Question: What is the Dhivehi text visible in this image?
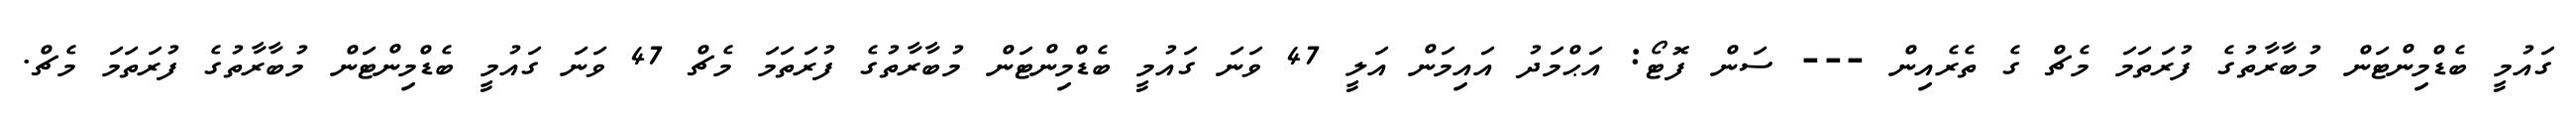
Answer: ގައުމީ ބެޑްމިންޓަން މުބާރާތުގެ ފުރަތަމަ މެޗް ގެ ތެރެއިން --- ސަން ފޮޓޯ: އަޙްމަދު އައިމަން އަލީ 47 ވަނަ ގައުމީ ބެޑްމިންޓަން މުބާރާތުގެ ފުރަތަމަ މެޗް 47 ވަނަ ގައުމީ ބެޑްމިންޓަން މުބާރާތުގެ ފުރަތަމަ މެޗް.